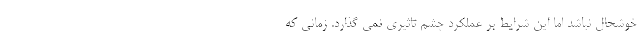
خوشحال نباشد اما این شرایط بر عملکرد چشم تاثیری نمی گذارد. زمانی که